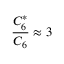
\frac { C _ { 6 } ^ { * } } { C _ { 6 } } \approx 3